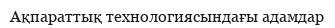
Ақпараттық технологиясындағы адамдар